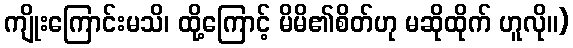
ကျိုးကြောင်းမသိ၊ ထို့ကြောင့် မိမိ၏စိတ်ဟု မဆိုထိုက် ဟူလို။)